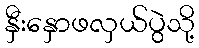
နှီးနှောဖလှယ်ပွဲသို့